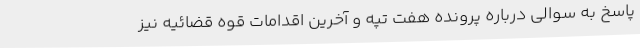
پاسخ به سوالی درباره پرونده هفت تپه و آخرین اقدامات قوه قضائیه نیز